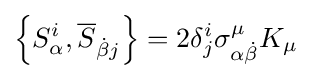
\left\{S_{\alpha }^{i},{\overline {S}}_{{\dot {\beta }}j}\right\}=2\delta _{j}^{i}\sigma _{\alpha {\dot {\beta }}}^{\mu }K_{\mu }